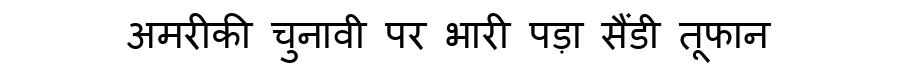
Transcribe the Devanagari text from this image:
अमरीकी चुनावी पर भारी पड़ा सैंडी तूफान